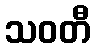
သဝတီ